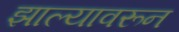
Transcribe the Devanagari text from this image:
झाल्यावरून